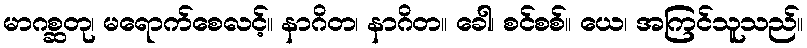
မာဂစ္ဆတု၊ မရောက်စေလင့်။ နာဂိတ၊ နာဂိတ။ ခေါ၊ စင်စစ်။ ယေ၊ အကြင်သူသည်။